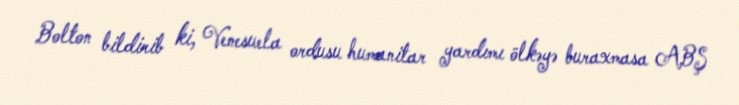
Bolton bildirib ki, Venesuela ordusu humanitar yardımı ölkəyə buraxmasa ABŞ